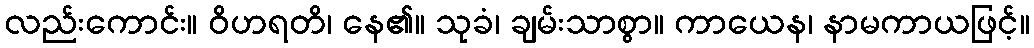
လည်းကောင်း။ ဝိဟရတိ၊ နေ၏။ သုခံ၊ ချမ်းသာစွာ။ ကာယေန၊ နာမကာယဖြင့်။